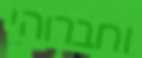
וחברוהי